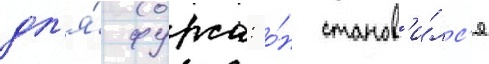
дл'я́ фурса: о́н станов'и́лс'я